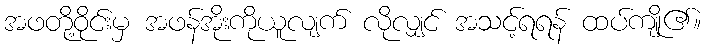
အဖတို့ဝိုင်းမှ အဖန်အိုးကိုယူလျက် လိုလျှင် အသင့်ရရန် ထပ်ကျို၏။